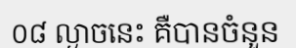
០៨ ល្ងាចនេះ គឺបានចំនួន